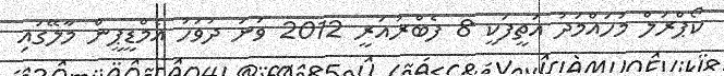
ކޯޕްރަލް މުހައްމަދު އަތީފަކީ 8 ފެބްރުއަރީ 2012 ވަނަ ދުވަހު އެމްޑީޕީން މާލޭގައި